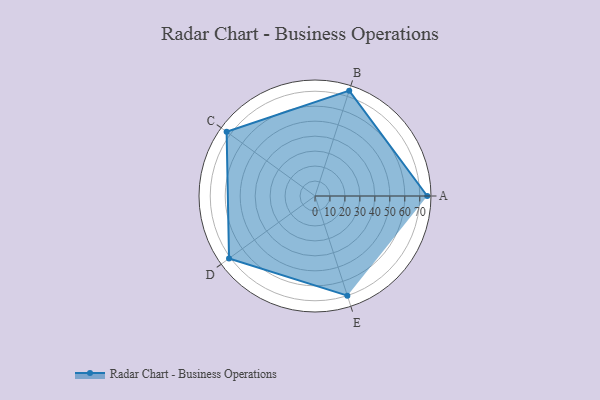
{"axis": {"x": "Skill", "y": "Score"}, "legend": ["Profile"], "data": [{"x": "A", "y": 75.0, "type": "Profile"}, {"x": "B", "y": 74.0, "type": "Profile"}, {"x": "C", "y": 73.0, "type": "Profile"}, {"x": "D", "y": 71.0, "type": "Profile"}, {"x": "E", "y": 70.0, "type": "Profile"}]}